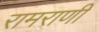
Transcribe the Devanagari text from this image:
रामराणी